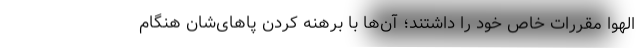
الهوا مقررات خاص خود را داشتند؛ آن‌ها با برهنه کردن پاهای‌شان هنگام